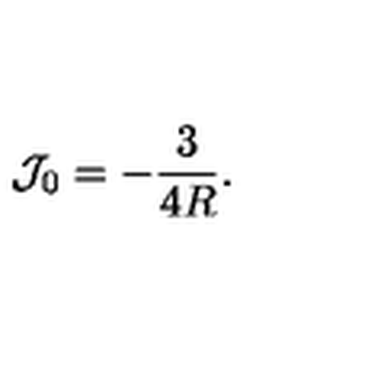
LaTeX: \mathcal { J } _ { 0 } = - \frac 3 { 4 R } .